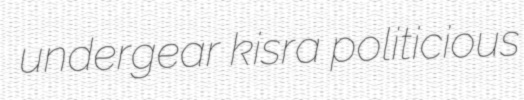
undergear kisra politicious